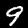
Digit: 9